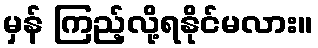
မှန် ကြည့်လို့ရနိုင်မလား။